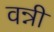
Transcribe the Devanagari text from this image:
वन्नी